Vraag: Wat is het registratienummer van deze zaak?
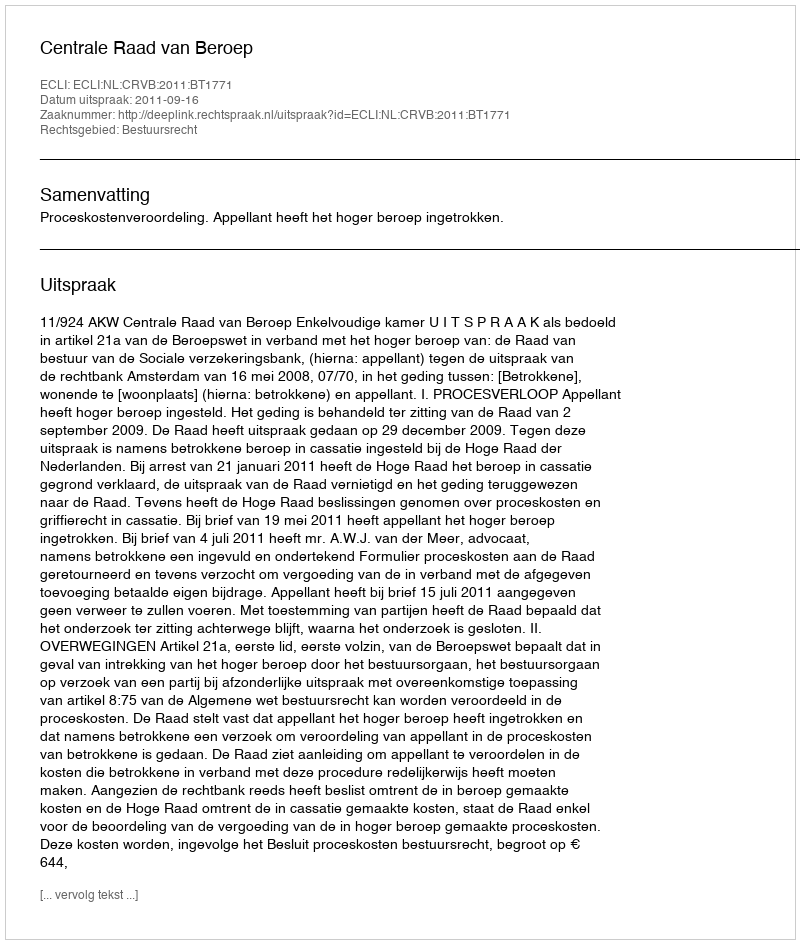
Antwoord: http://deeplink.rechtspraak.nl/uitspraak?id=ECLI:NL:CRVB:2011:BT1771